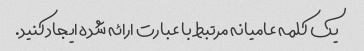
یک کلمه عامیانه مرتبط با عبارت ارائه شده ایجاد کنید.